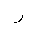
Letter: _ra